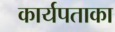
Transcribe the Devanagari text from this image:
कार्यपताका